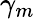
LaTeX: \gamma_{m}